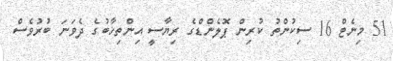
51 މިނެޓް 16 ސިކުންތު ކުރިން ޕޮލެންޑްގެ ރިޔާސީ އިންތިޚާބުގެ ދެވަނަ ބުރުވެސް